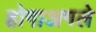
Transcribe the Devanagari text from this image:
होगाअगले